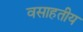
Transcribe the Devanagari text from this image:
वसाहतीय